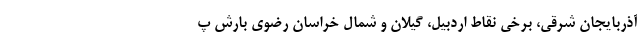
آذربایجان شرقی، برخی نقاط اردبیل، گیلان و شمال خراسان رضوی بارش پ